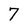
Character: 7